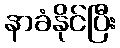
နာခံနိုင်ပြီး